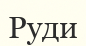
Руди